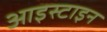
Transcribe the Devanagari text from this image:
आइस्टाइन